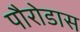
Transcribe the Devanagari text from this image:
पौरोडास